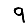
Digit: 9